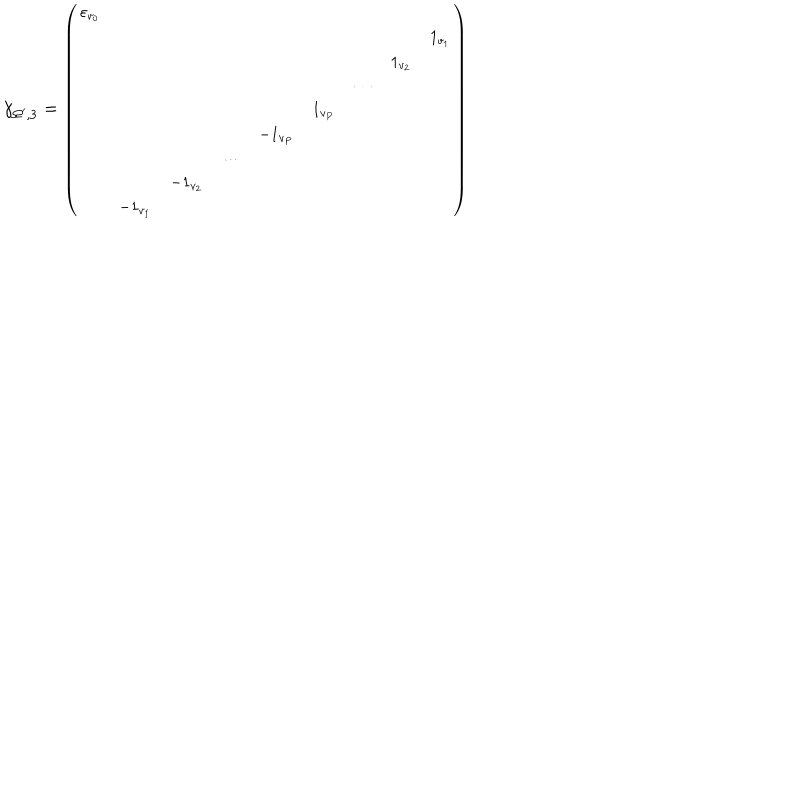
LaTeX: \gamma _ { \Omega ^ { \prime } , 3 } = { \small \left( \begin{array} { c c c c c c c c c } { { \varepsilon _ { v _ { 0 } } } } & { { } } & { { } } & { { } } & { { } } & { { } } & { { } } & { { } } & { { } } \\ { { } } & { { } } & { { } } & { { } } & { { } } & { { } } & { { } } & { { } } & { { 1 _ { v _ { 1 } } } } \\ { { } } & { { } } & { { } } & { { } } & { { } } & { { } } & { { } } & { { 1 _ { v _ { 2 } } } } & { { } } \\ { { } } & { { } } & { { } } & { { } } & { { } } & { { } } & { { \cdots } } & { { } } & { { } } \\ { { } } & { { } } & { { } } & { { } } & { { } } & { { 1 _ { v _ { P } } } } & { { } } & { { } } & { { } } \\ { { } } & { { } } & { { } } & { { } } & { { - 1 _ { v _ { P } } } } & { { } } & { { } } & { { } } & { { } } \\ { { } } & { { } } & { { } } & { { \cdots } } & { { } } & { { } } & { { } } & { { } } & { { } } \\ { { } } & { { } } & { { - 1 _ { v _ { 2 } } } } & { { } } & { { } } & { { } } & { { } } & { { } } & { { } } \\ { { } } & { { - 1 _ { v _ { 1 } } } } & { { } } & { { } } & { { } } & { { } } & { { } } & { { } } & { { } } \\ \end{array} \right) }